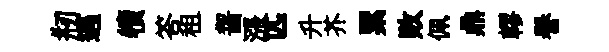
剏遇犢答租齧漲匹升芥累敗佩鼎轇譽